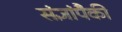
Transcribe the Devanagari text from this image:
संज्ञांपैकी